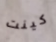
كينت